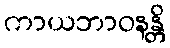
ကာယဘာဝနန္တိ